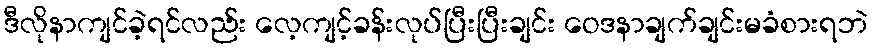
ဒီလိုနာကျင်ခဲ့ရင်လည်း လေ့ကျင့်ခန်းလုပ်ပြီးပြီးချင်း ဝေဒနာချက်ချင်းမခံစားရဘဲ